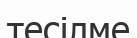
тесілме